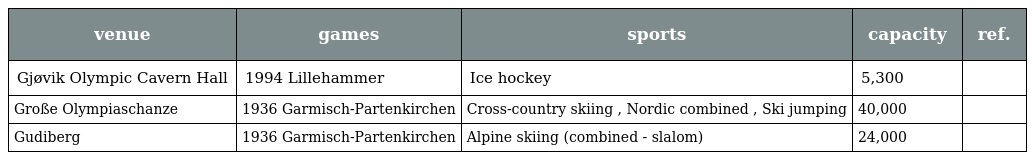
| venue | games | sports | capacity | ref. |
 | --- | --- | --- | --- | --- |
 | Gjøvik Olympic Cavern Hall | 1994 Lillehammer | Ice hockey | 5,300 |  |
 | Große Olympiaschanze | 1936 Garmisch-Partenkirchen | Cross-country skiing , Nordic combined , Ski jumping | 40,000 |  |
 | Gudiberg | 1936 Garmisch-Partenkirchen | Alpine skiing (combined - slalom) | 24,000 |  |